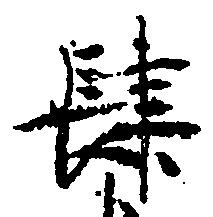
肆